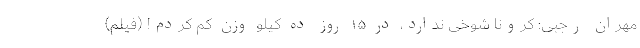
مهران رجبی: کرونا شوخی ندارد، در ۱۵ روز ده کیلو وزن کم کردم! (فیلم)